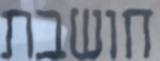
חושבת